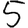
Digit: 5